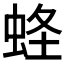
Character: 𧋮